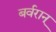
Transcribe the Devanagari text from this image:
बर्वरान्